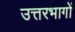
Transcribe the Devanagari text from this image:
उत्तरभागों